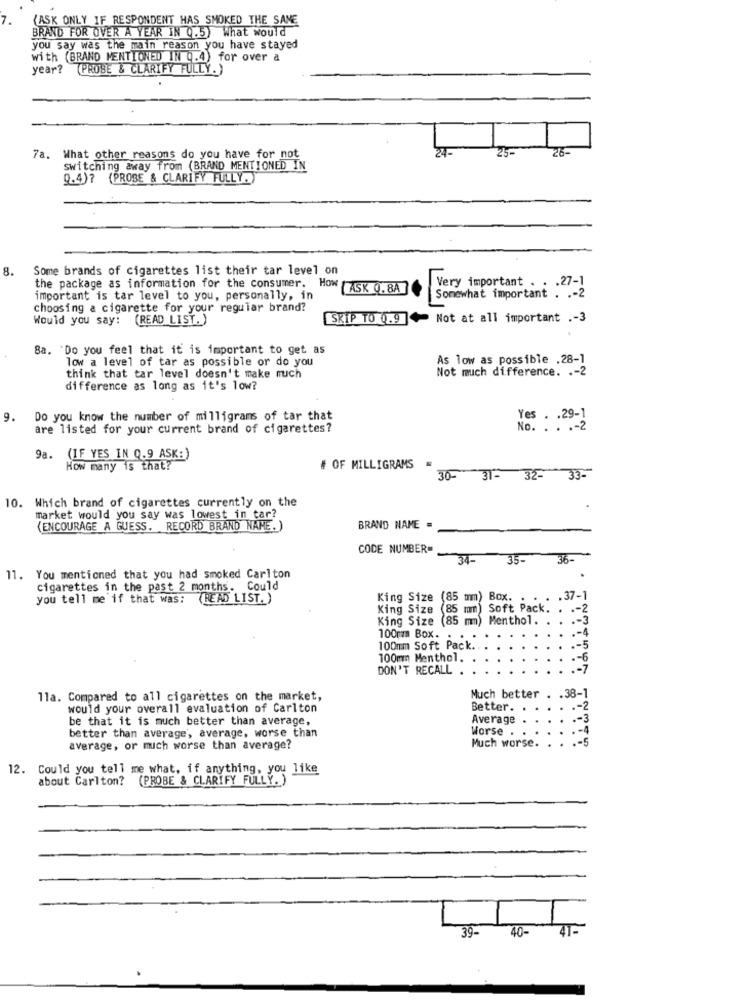
(ASK ONLY IF RESPONDENT HAS SMOKED THE SANE
BRAND FOR OVER A YEAR IN (.5) What would
you say was the main reason you have stayed
with (BRAND MENTIONED IN Q.4) for over a
year? (PROBE & CLARIFY FULLY.)
24
25-
26-
What other reasons do you have for not
switching away from (BRAND MENTIONED IN
9.4)? (PROBE & CLARIFY FULLY. )
8.
Some brands of cigarettes list their tar level on
the package as information for the consumer. How ASK 0.8A
Very important . . . 27-1
important is tar level to you, personally, in
Somewhat important . .- 2
choosing a cigarette for your regular brand?
Would you say: (READ LIST.)
SKIP TO (.9]+ Not at all important .- 3
Sa. Do you feel that it is important to get as
low a level of tar as possible or do you
As low as possible .28-1
Not much difference. .- 2
think that tar level doesn't make much
difference as long as it's low?
9.
Do you know the number of milligrams of tar that
Yes . . 29-1
are listed for your current brand of cigarettes?
No. . . .- 2
9a.
(IF YES IN 0.9 ASK:)
How many is that?
# OF MILLIGRAMS
30- 31- 32- 33-
10. Which brand of cigarettes currently on the
market would you say was lowest in tar
(ENCOURAGE A GUESS. RECORD BRAND NAME.)
BRAND NAME =
CODE NUMBER=
34-
35-
35-
11. You mentioned that you had smoked Carlton
cigarettes in the past 2 months. Could
you tell me if that was: (READ LIST. )
King Size
mm) Box. . . . . 37-1
King Size (85 mm)
Soft Pack.
. .- 2
King Size (85 mm) Menthol.
.- 3
.- 4
100mm Box.
100mm Soft Pack ..
.- 5
100mm Menthol.
.- 6
DON'T RECALL .
11a. Compared to all cigarettes on the market,
Much better . . 38-1
would your overall evaluation of Carlton
Better.
.- 2
be that it is much better than average,
Average
.- 3
better than average, average, worse than
Worse .
.- 5
average, or much worse than average?
Much worse.
12. Could you tell me what, if anything, you like
about Carlton? (PROBE & CLARIFY FULLY. )
39-
40-